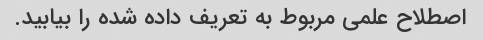
اصطلاح علمی مربوط به تعریف داده شده را بیابید.